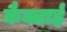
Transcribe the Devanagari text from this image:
कैक्टाई